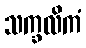
သက္ခလိကံ